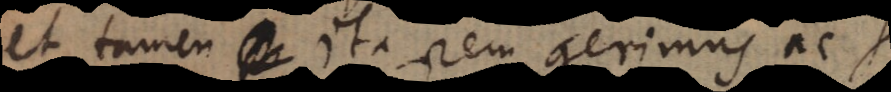
et tamen ita rem gerimus ac